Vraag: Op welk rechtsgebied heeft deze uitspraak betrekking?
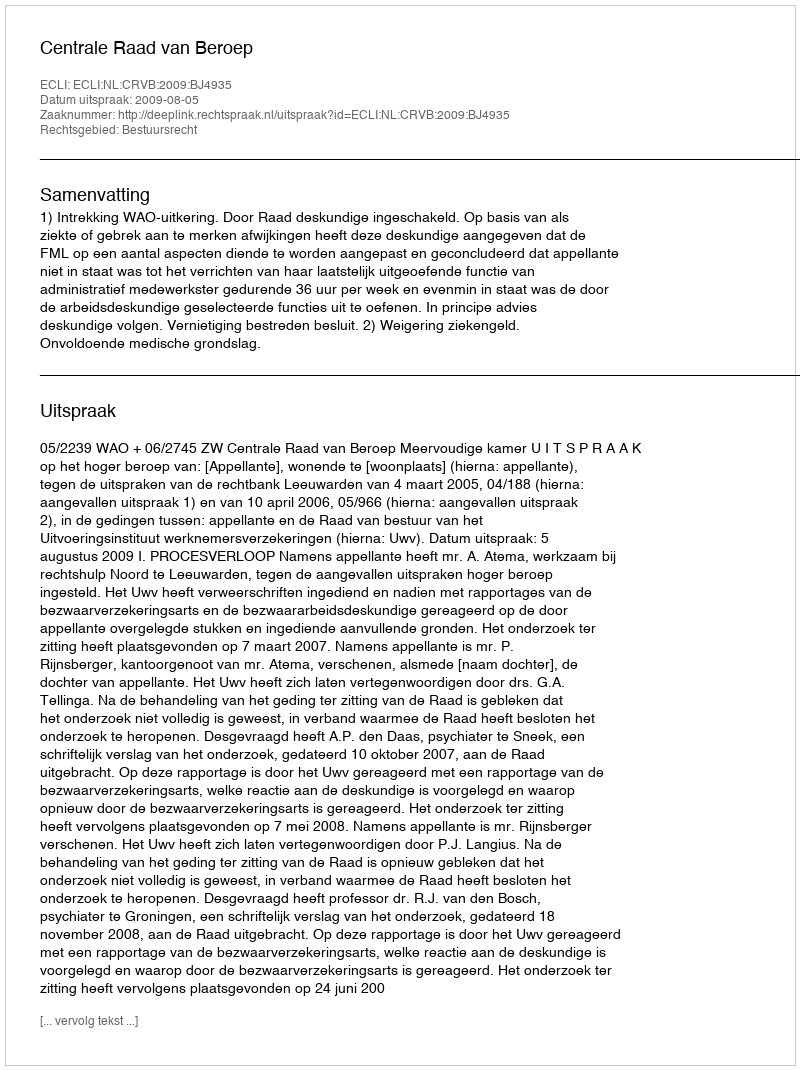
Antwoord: Bestuursrecht